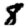
Digit: 8